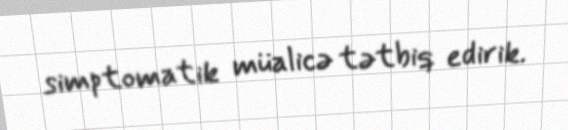
simptomatik müalicə tətbiq edirik.